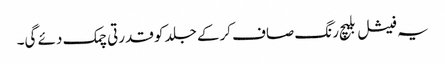
یہ فیشل بلیچ رنگ صاف کرکے جلد کو قدرتی چمک دئے گی۔